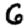
Digit: 6